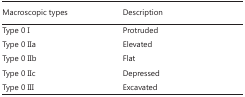
<table><thead><tr><td><b>Macroscopic types</b></td><td><b>Description</b></td></tr></thead><tbody><tr><td>Type 0 I</td><td>Protruded</td></tr><tr><td>Type 0 IIa</td><td>Elevated</td></tr><tr><td>Type 0 IIb</td><td>Flat</td></tr><tr><td>Type 0 IIc</td><td>Depressed</td></tr><tr><td>Type 0 III</td><td>Excavated</td></tr></tbody></table>